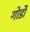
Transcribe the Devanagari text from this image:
गोर्डो